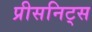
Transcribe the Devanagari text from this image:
प्रीसनिट्स